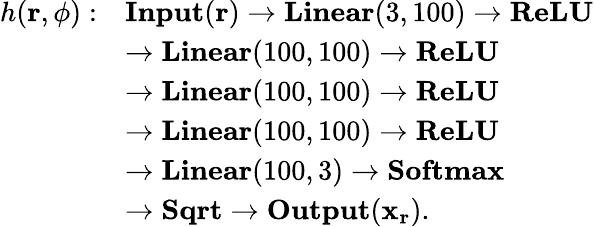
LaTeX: \begin{array}{rl}{h(\mathbf{r},\phi):}&{\textbf{Input}(\mathbf{r})\to\textbf{Linear}(3,100)\to\textbf{ReLU}}\\ &{\to\textbf{Linear}(100,100)\to\textbf{ReLU}}\\ &{\to\textbf{Linear}(100,100)\to\textbf{ReLU}}\\ &{\to\textbf{Linear}(100,100)\to\textbf{ReLU}}\\ &{\to\textbf{Linear}(100,3)\to\textbf{Softmax}}\\ &{\to\textbf{Sqrt}\to\textbf{Output}(\mathbf{x}_{\mathbf{r}}).}\end{array}